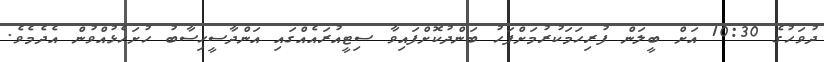
ދުވަހުގެ 10:30 އަށް ބީލަން ފުރިހަމަކުރުމަށްފަހު ބަންދުކޮށްފައިވާ ސިޓީއުރައެއްގައި އަންދާސީހިސާބު ހުށަހެޅުއްވުން އެދެމެވެ.